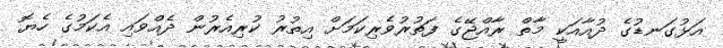
އަޅުގަނޑުގެ ދުއާއަކީ މާތް ރާއްޖޭގެ ފަތުރުވެރިކަމަށް އިތުރު ކުރިއެރުން ދެއްވައި އެކަމުގެ ހެޔޮ